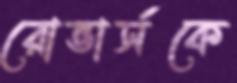
রোভার্সকে